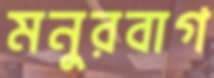
মনুরবাগ